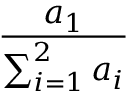
\frac { a _ { 1 } } { \sum _ { i = 1 } ^ { 2 } a _ { i } }